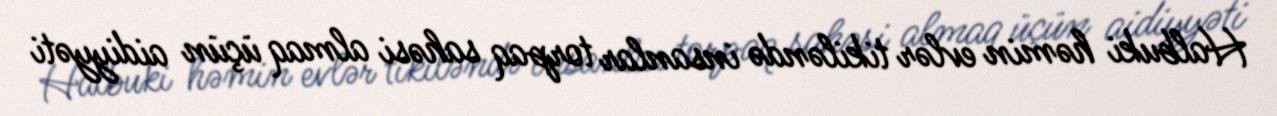
Halbuki həmin evlər tikiləndə insanlar torpaq sahəsi almaq üçün aidiyyəti